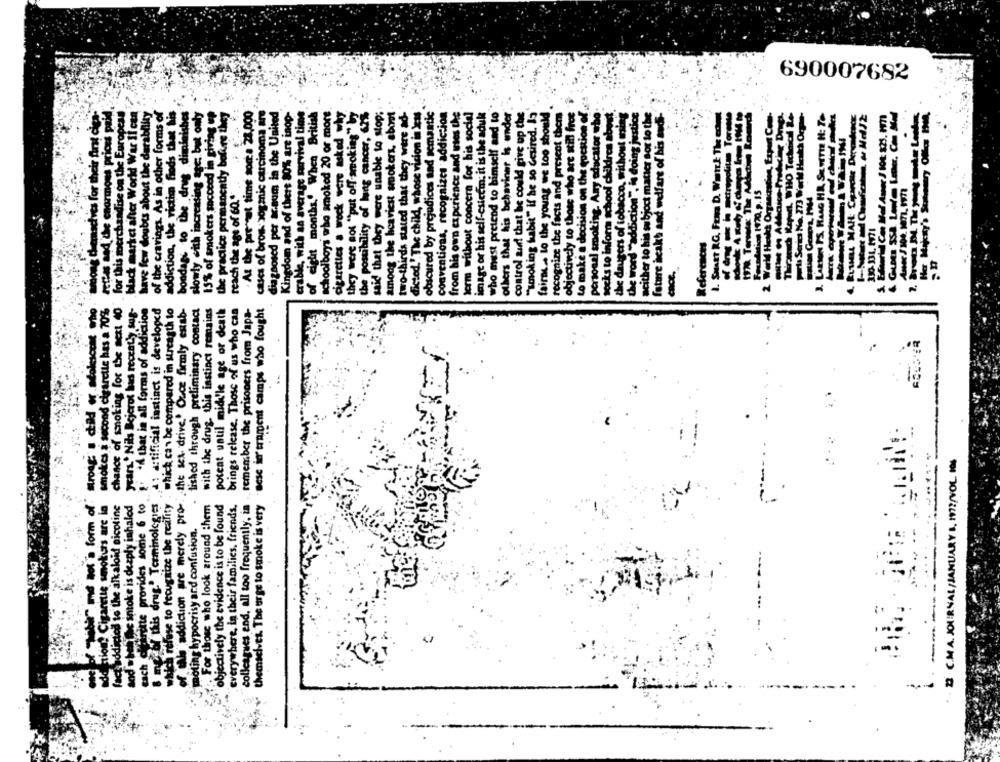
690007682
the
among dienachves for their first cica-
settes and, the enormous prices paid
for this merchandise on the European
black market after World War II can
have few doubts about the durability
of the cravings. As in other forms of
addiction, the victim finds that his
bondage to the drug diminishes
slowly with increasing asc; but only
15% of smokers succeed in giving up
the practice permanently bofire they
. At the present time sona 28,000
cases of bros. soganic carcinoma are
diagnosed per ac.num in the United
Kingdom aad of thert 80% are inop-
erable, with an average survival time
of eight months.' When British
schoolboys who smoked 20 or more.
cigarettes a wock were asked why
they were not "put off smoking"by
the postibility of lung cancer, 62%
said that they were unable to stop;
among the heaviest smokers, aboat
two-thirds stated that they were ad-
dieted.' The child, whose vision in less
obscured by prejudices and semantic
conventions, recognizes addiction
from his own experience and uses the
term without concern for his social
image or his self-esteem. it is the aduk
who mest pretend to himself and to
others that his behaviner is under
control aud that he could give up the
"Looking habit" if he so desired. 13
fairmc .. lo the young we too should
recognize the facts and present them
objectively to those who are stid frot
to make a decision on the quction of
personal smoking. Amy educator who
socks to inform school children about
the word "addiction", is doing justice
acither to his subject matter sor to the
J. LARON PS. HAAG HA, SKYTHE H: TO
Her Majesty's Stationery Offfor PM,
the daugers of tobacco, without ming
Istare hcakh and welfare of his audi
2 World Heskt Organization, Expert Con
1. SMART RG, Fra D. Want The
reach the age of 60 .*
istion Geners, PM44
330-131. 1971
References
Strong a child er stoliccae who
smokes a second cigarette has a 70%%
chance of smoking for the next 40
years . Nils Bejerot birs recenty sus-
at artificial instinct is developed
potent until mid'le age or death
brings release. Those of us who can
'A that in all forms of addiction
"which can be compared in streagth to
of Wir addiction are merely pro- the sex drive.' Ouce firmly estab-
fished through preliminary contact
with the drug, this instinct remains
. remember the prisoners from Japa-
Bese in'trament camps who fought
IS C.M.A. JOURNAL/JANUARY A, 1972/VOLI
of Sabit" me tot 's form of
de tione Cigarette sokuis are ia
which refuse to recognize the reality
For those who look around them
everywhere, in their families, friends.
factaddicted to the alkaloid nicotine
and when the intoke is deeply inhaled
berette provides some 6 to
8 mg-yl this drug.' Terminologies
objectively the evidence is to be found
colleagues end, all too frequently, in
themselves. The urge to smoke is very
moting hypocrisy ard confusion.
and when the
. each